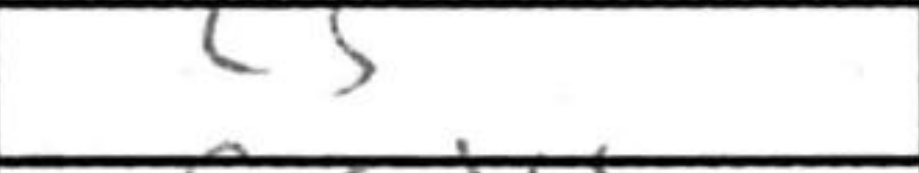
Transcription: c5